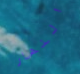
النهار